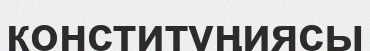
конституңиясы